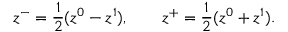
z ^ { - } = \frac { 1 } { 2 } ( z ^ { 0 } - z ^ { 1 } ) , \qquad z ^ { + } = \frac { 1 } { 2 } ( z ^ { 0 } + z ^ { 1 } ) .